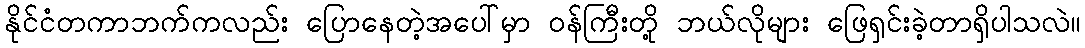
နိုင်ငံတကာဘက်ကလည်း ပြောနေတဲ့အပေါ်မှာ ဝန်ကြီးတို့ ဘယ်လိုများ ဖြေရှင်းခဲ့တာရှိပါသလဲ။